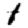
Digit: 1